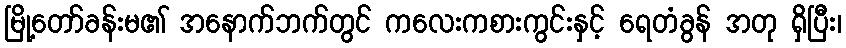
မြို့တော်ခန်းမ၏ အနောက်ဘက်တွင် ကလေးကစားကွင်းနှင့် ရေတံခွန် အတု ရှိပြီး၊